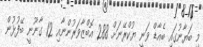
މި ބަޔާނުގައި ބެއާޑް ވަނީ ޔުކްރޭނަށް 288 އޮބްޒާވަރުންނާއި 12 ގާނޫނީ ބޭފުޅުން